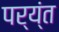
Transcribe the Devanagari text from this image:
पर्य्ंत